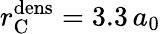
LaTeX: r_{\mathrm{C}}^{\mathrm{dens}}=3.3\, a_{0}